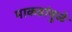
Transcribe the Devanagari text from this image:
माकडांमुळे